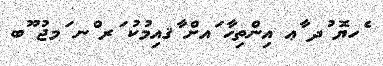
ެހޔޮ ުދ ާޢ އިންތިހާ ައށް ާޤއިމުކު ަރ ްނ ަމޖު ޫބ